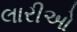
લારીઓ